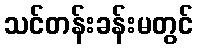
သင်တန်းခန်းမတွင်